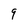
Character: 9